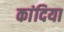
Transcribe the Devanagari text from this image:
कांदिया